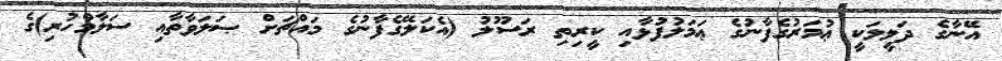
އޭނާގެ ދަލީލަކީ ޢުމަރުގެފާނުގެ ޢަމަލުފުޅާއި ކީރިތި ރަސޫލު (އެކަލޭގެފާނުގެ މައްޗަށް ޞަލަވާތާއި ސަލާމްހުރި)ގެ